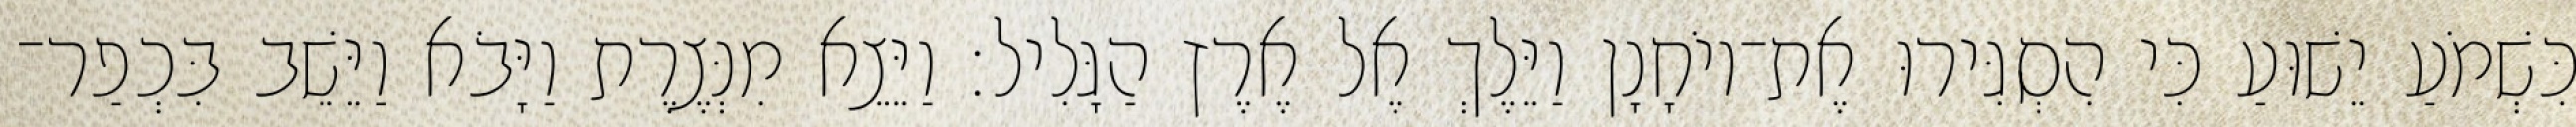
כִּשְׁמֹעַ יֵשׁוּעַ כִּי הִסְגִּירוּ אֶת־יוֹחָנָן וַיֵּלֶךְ אֶל אֶרֶץ הַגָּלִיל׃ וַיֵּצֵא מִנְּצֶרֶת וַיָּבֹא וַיֵּשֵׁב בִּכְפַר־